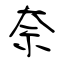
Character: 奈